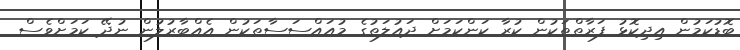
ބޮޑުކަމުން އިދިކޮޅު ފަރާތްތަކުން ކުރާ ކަންކަމަށް ދައުލަތުގެ މުއައްސަސާތަކުން އެއްބާރުލުން ނުދޭ ކަމަށްވެސް